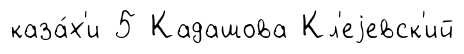
каза́х'и 5 Кадашова Кл'еjевск'ий